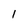
Character: l